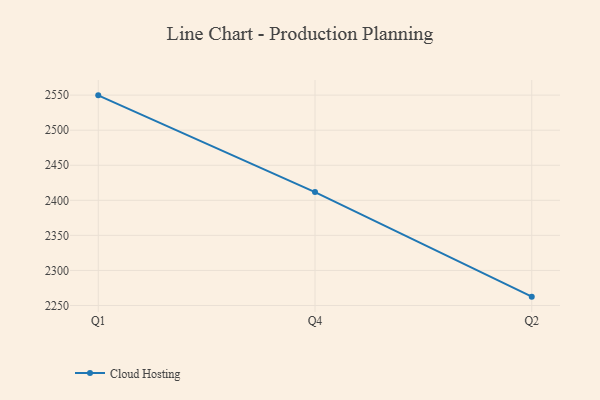
{"axis": {"x": "Quarter", "y": "Net Income (USD K)"}, "legend": ["Cloud Hosting"], "data": [{"x": "Q1", "y": 2549.7, "type": "Cloud Hosting"}, {"x": "Q4", "y": 2411.8, "type": "Cloud Hosting"}, {"x": "Q2", "y": 2262.6, "type": "Cloud Hosting"}]}